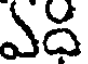
ఎద